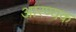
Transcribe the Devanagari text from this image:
आरण्‍यक